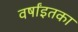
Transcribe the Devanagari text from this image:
वर्षांइतका